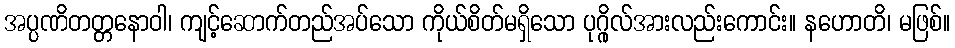
အပ္ပဏိတတ္တနောဝါ၊ ကျင့်ဆောက်တည်အပ်သော ကိုယ်စိတ်မရှိသော ပုဂ္ဂိုလ်အားလည်းကောင်း။ နဟောတိ၊ မဖြစ်။